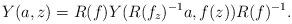
LaTeX: \begin{align*}Y(a, z) = R(f) Y(R(f_z)^{-1}a, f(z)) R(f)^{-1}.\end{align*}